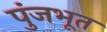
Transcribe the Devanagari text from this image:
पुंजभूत